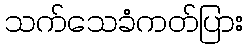
သက်သေခံကတ်ပြား